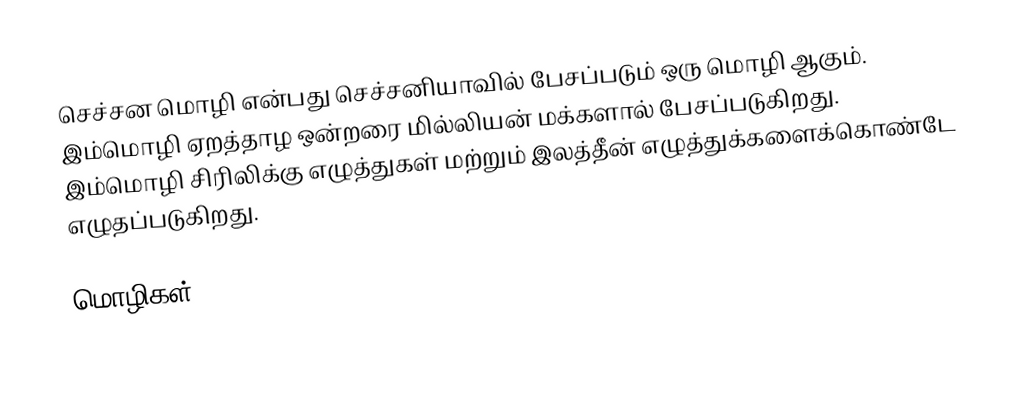
செச்சன மொழி என்பது செச்சனியாவில் பேசப்படும் ஒரு மொழி ஆகும். இம்மொழி ஏறத்தாழ ஒன்றரை மில்லியன் மக்களால் பேசப்படுகிறது. இம்மொழி சிரிலிக்கு எழுத்துகள் மற்றும் இலத்தீன் எழுத்துக்களைக்கொண்டே எழுதப்படுகிறது.

மொழிகள்